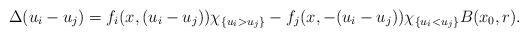
LaTeX: \begin{align*}\Delta(u_i-u_j) =f_{i}(x,(u_i-u_j))\chi_{\{u_i>u_j\}} - f_{j}(x,-(u_i-u_j))\chi_{\{u_i<u_j\}} B(x_0,r).\end{align*}